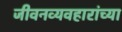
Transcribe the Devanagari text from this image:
जीवनव्यवहारांच्या